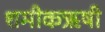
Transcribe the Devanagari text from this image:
शमीकऋषी